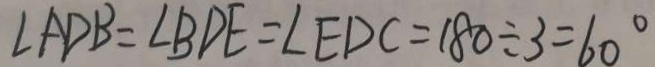
\angle A D B = \angle B D E = \angle E D C = 1 8 0 \div 3 = 6 0 ^ { \circ }